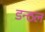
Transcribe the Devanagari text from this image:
डन्ठल